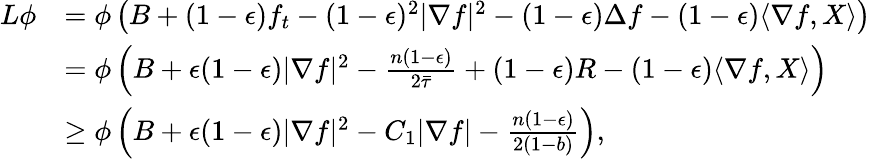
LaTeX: \begin{array}{rl}{L\phi}&{=\phi\left(B+(1-\epsilon)f_{t}-(1-\epsilon)^{2}|\nabla f|^{2}-(1-\epsilon)\Delta f-(1-\epsilon)\langle\nabla f,X\rangle\right)}\\ &{=\phi\left(B+\epsilon(1-\epsilon)|\nabla f|^{2}-\frac{n(1-\epsilon)}{2\bar{\tau}}+(1-\epsilon)R-(1-\epsilon)\langle\nabla f,X\rangle\right)}\\ &{\ge\phi\left(B+\epsilon(1-\epsilon)|\nabla f|^{2}-C_{1}|\nabla f|-\frac{n(1-\epsilon)}{2(1-b)}\right),}\end{array}